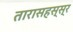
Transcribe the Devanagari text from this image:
तारासहस्स्र